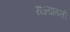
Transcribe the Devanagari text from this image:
राज्यातली